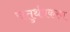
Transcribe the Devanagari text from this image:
चतुर्थप्रकरण